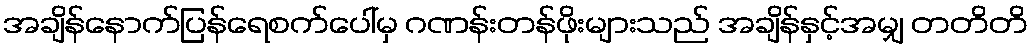
အချိန်နောက်ပြန်ရေစက်ပေါ်မှ ဂဏန်းတန်ဖိုးများသည် အချိန်နှင့်အမျှ တတိတိ